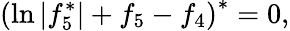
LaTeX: \left(\ln|f_{5}^{\ast}|+f_{5}-f_{4}\right)^{\ast}=0,